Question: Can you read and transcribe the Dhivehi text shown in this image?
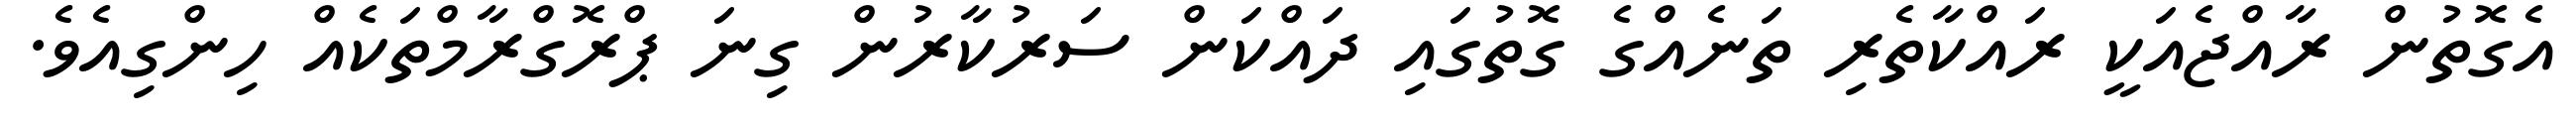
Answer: އެގޮތުން ރާއްޖެއަކީ ރައްކާތެރި ތަނެއްގެ ގޮތުގައި ދައްކަން ސަރުކާރުން ގިނަ ޕްރޮގްރާމްތަކެއް ހިންގިއެވެ.